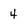
Character: 4